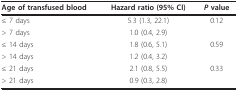
<table><thead><tr><td><b>Age of transfused blood</b></td><td><b>Hazard ratio (95% CI)</b></td><td><b><i>P </i>value</b></td></tr></thead><tbody><tr><td>≤ 7 days</td><td>5.3 (1.3, 22.1)</td><td>0.12</td></tr><tr><td>&gt; 7 days</td><td>1.0 (0.4, 2.9)</td><td></td></tr><tr><td>≤ 14 days</td><td>1.8 (0.6, 5.1)</td><td>0.59</td></tr><tr><td>&gt; 14 days</td><td>1.2 (0.4, 3.2)</td><td></td></tr><tr><td>≤ 21 days</td><td>2.1 (0.8, 5.5)</td><td>0.33</td></tr><tr><td>&gt; 21 days</td><td>0.9 (0.3, 2.8)</td><td></td></tr></tbody></table>